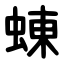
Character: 蝀